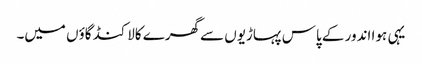
یہی ہوا اندور کے پاس پہاڑیوں سے گھرے کالاکنڈ گاؤں میں۔